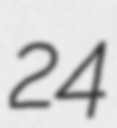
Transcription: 24